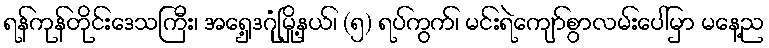
ရန်ကုန်တိုင်းဒေသကြီး၊ အရှေ့ဒဂုံမြို့နယ်၊ (၅) ရပ်ကွက်၊ မင်းရဲကျော်စွာလမ်းပေါ်မှာ မနေ့ည